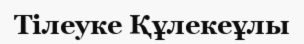
Тілеуке Құлекеұлы